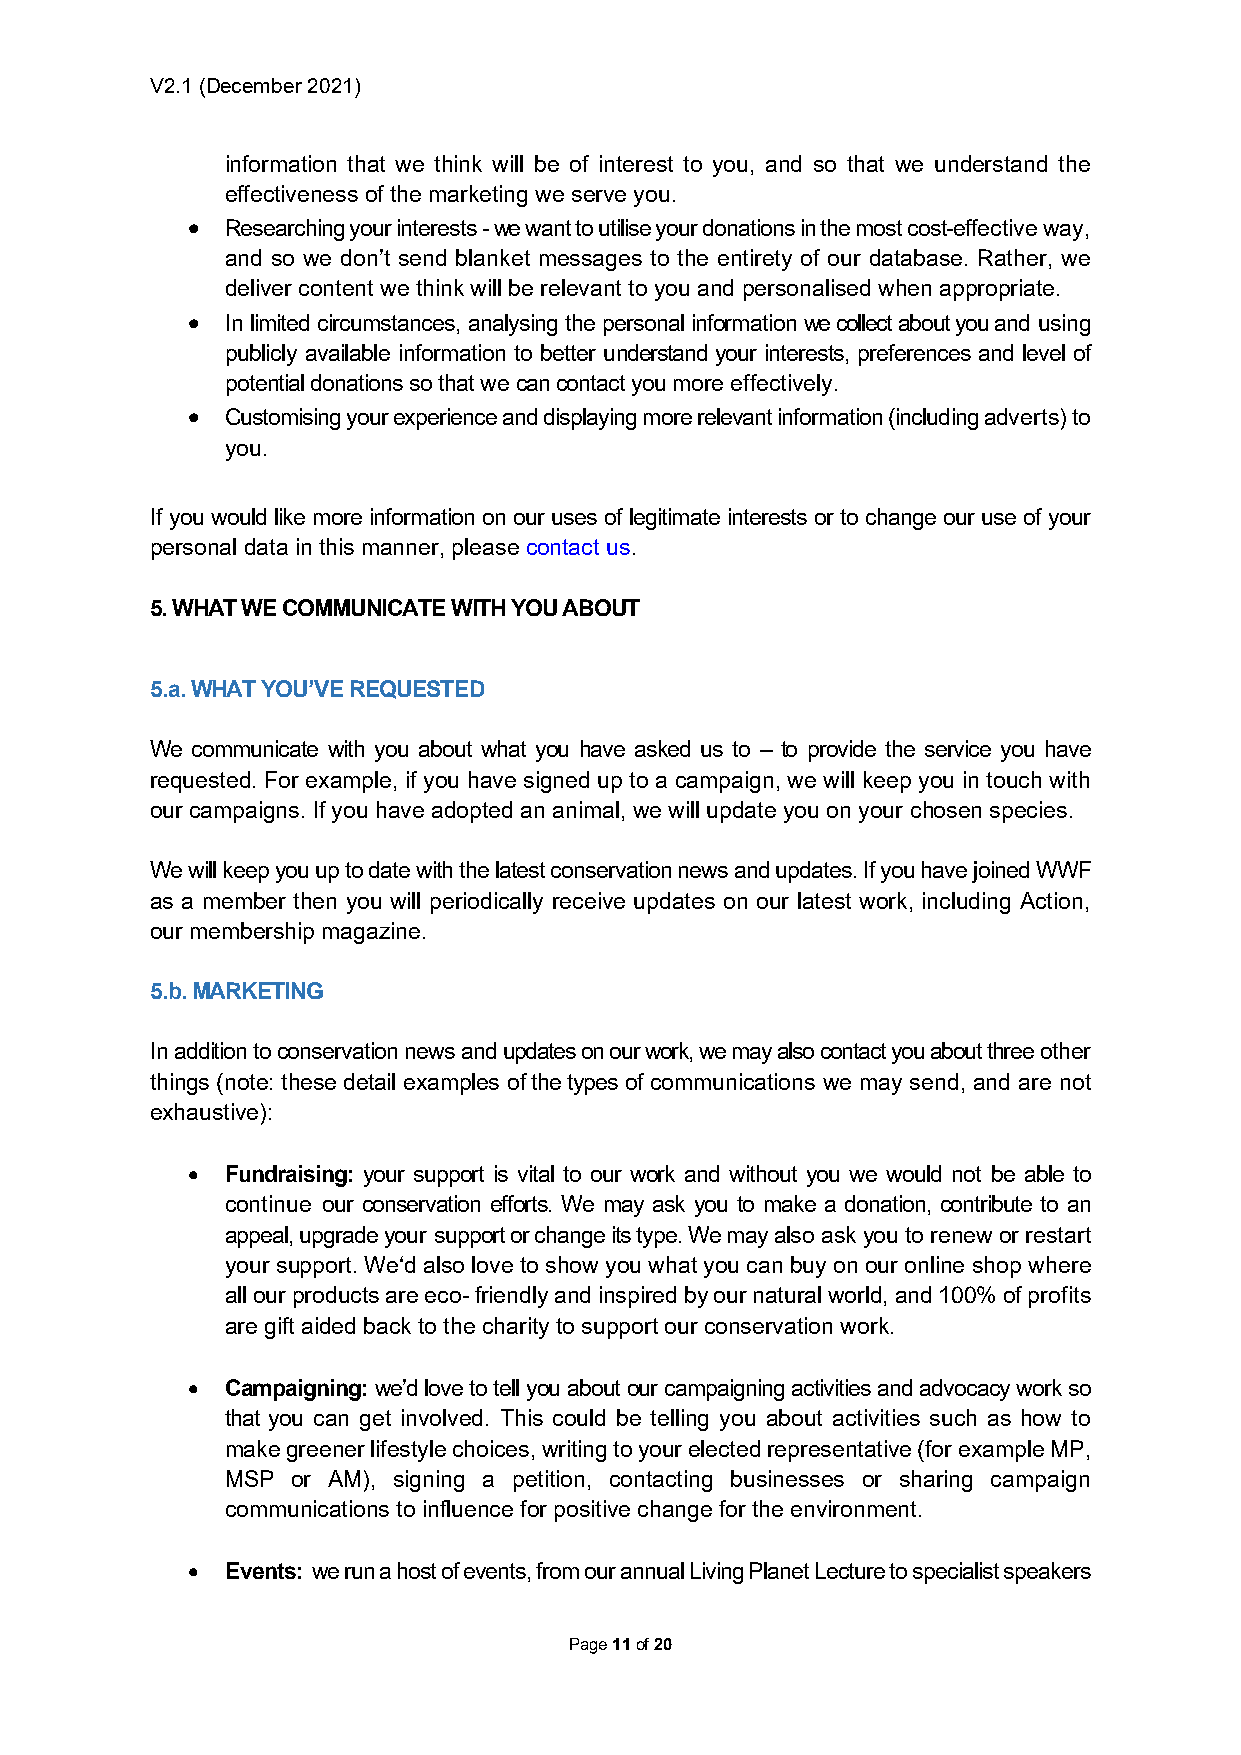
V2.1 (December 2021)
 information that we think will be of interest to you, and so that we understand the
 effectiveness of the marketing we serve you.
 •  Researching your interests - we want to utilise your donations in the most cost-effective way,
 and so we don’t send blanket messages to the entirety of our database. Rather, we
 deliver content we think will be relevant to you and personalised when appropriate.
 •  In limited circumstances, analysing the personal information we collect about you and using
 publicly available information to better understand your interests, preferences and level of
 potential donations so that we can contact you more effectively.
 •  Customising your experience and displaying more relevant information (including adverts) to
 you.
 If you would like more information on our uses of legitimate interests or to change our use of your
 personal data in this manner, please contact us.
 5. WHAT WE COMMUNICATE WITH YOU ABOUT
 5.a. WHAT YOU’VE REQUESTED
 We communicate with you about what you have asked us to – to provide the service you have
 requested. For example, if you have signed up to a campaign, we will keep you in touch with
 our campaigns. If you have adopted an animal, we will update you on your chosen species.
 We will keep you up to date with the latest conservation news and updates. If you have joined WWF
 as a member then you will periodically receive updates on our latest work, including Action,
 our membership magazine.
 5.b. MARKETING
 In addition to conservation news and updates on our work, we may also contact you about three other
 things (note: these detail examples of the types of communications we may send, and are not
 exhaustive):
 •  Fundraising: your support is vital to our work and without you we would not be able to
 continue our conservation efforts. We may ask you to make a donation, contribute to an
 appeal, upgrade your support or change its type. We may also ask you to renew or restart
 your support. We‘d also love to show you what you can buy on our online shop where
 all our products are eco- friendly and inspired by our natural world, and 100% of profits
 are gift aided back to the charity to support our conservation work.
 •  Campaigning: we’d love to tell you about our campaigning activities and advocacy work so
 that you can get involved. This could be telling you about activities such as how to
 make greener lifestyle choices, writing to your elected representative (for example MP,
 MSP or AM), signing a petition, contacting businesses or sharing campaign
 communications to influence for positive change for the environment.
 •  Events: we run a host of events, from our annual Living Planet Lecture to specialist speakers
 Page 11 of 20